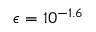
\epsilon = 1 0 ^ { - 1 . 6 }